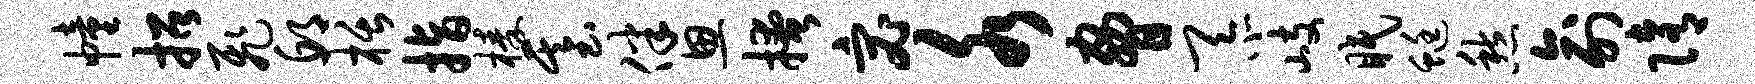
幢招飞邱栝指榛基伴思掩宓水胁忝岐眠蜓愁俞隋